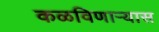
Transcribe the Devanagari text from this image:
कळविणार्‍यास